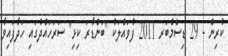
ކުރިން - 29 ޑިސެމްބަރ 2011 ފުވައްލަކު "ބަންޑާރަ ކިޅި" ސަރަހައްދުގައި ހަދާފައިވާ